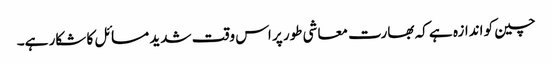
چین کو اندازہ ہے کہ بھارت معاشی طور پر اس وقت شدید مسائل کا شکار ہے۔